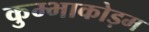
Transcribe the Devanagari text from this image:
कुम्भाकोड़म